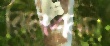
রিলেশনস